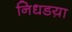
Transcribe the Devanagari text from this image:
निधडय़ा